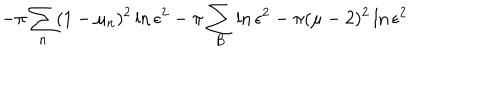
LaTeX: - \pi \sum _ { n } ( 1 - \mu _ { n } ) ^ { 2 } \ln \epsilon ^ { 2 } - \pi \sum _ { B } \ln \epsilon ^ { 2 } - \pi ( \mu - 2 ) ^ { 2 } \ln \epsilon ^ { 2 }